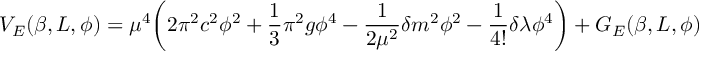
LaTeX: V _ { E } ( \beta , L , \phi ) = \mu ^ { 4 } \biggl ( 2 \pi ^ { 2 } c ^ { 2 } \phi ^ { 2 } + \frac { 1 } { 3 } \pi ^ { 2 } g \phi ^ { 4 } - \frac { 1 } { 2 \mu ^ { 2 } } \delta m ^ { 2 } \phi ^ { 2 } - \frac { 1 } { 4 ! } \delta \lambda \phi ^ { 4 } \biggr ) + G _ { E } ( \beta , L , \phi )